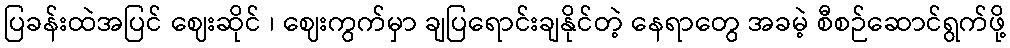
ပြခန်းထဲအပြင် ဈေးဆိုင် ၊ ဈေးကွက်မှာ ချပြရောင်းချနိုင်တဲ့ နေရာတွေ အခမဲ့ စီစဉ်ဆောင်ရွက်ဖို့